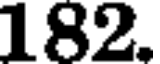
182.